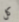
كل